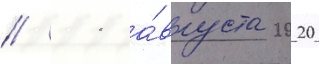
// 11 а́вгуста 2020